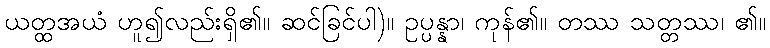
ယတ္ထအယံ ဟူ၍လည်းရှိ၏။ ဆင်ခြင်ပါ)။ ဥပ္ပန္နာ၊ ကုန်၏။ တဿ သတ္တဿ၊ ၏။